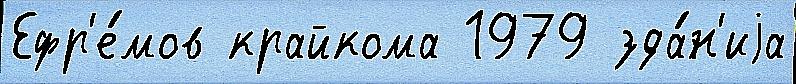
Ефр'е́мов крайкома 1979 зда́н'иjа